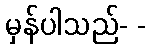
မှန်ပါသည်- -